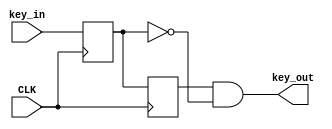
`timescale 1ns / 1ps


module anti_shake(
    input CLK,
    input key_in,
    output key_out
    );

    reg key_en, prev_en;
    always @(posedge CLK) begin
        key_en <= key_in;
        prev_en <= key_en;
    end

    assign key_out = prev_en & (~key_en);
endmodule